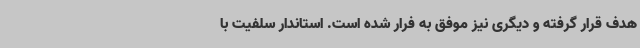
هدف قرار گرفته و دیگری نیز موفق به فرار شده است. استاندار سلفیت با